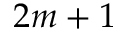
2 m + 1